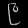
Digit: ၉